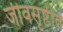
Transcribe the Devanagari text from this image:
जीवसृष्टीत